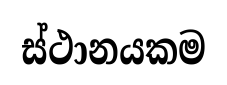
ස්ථානයකම